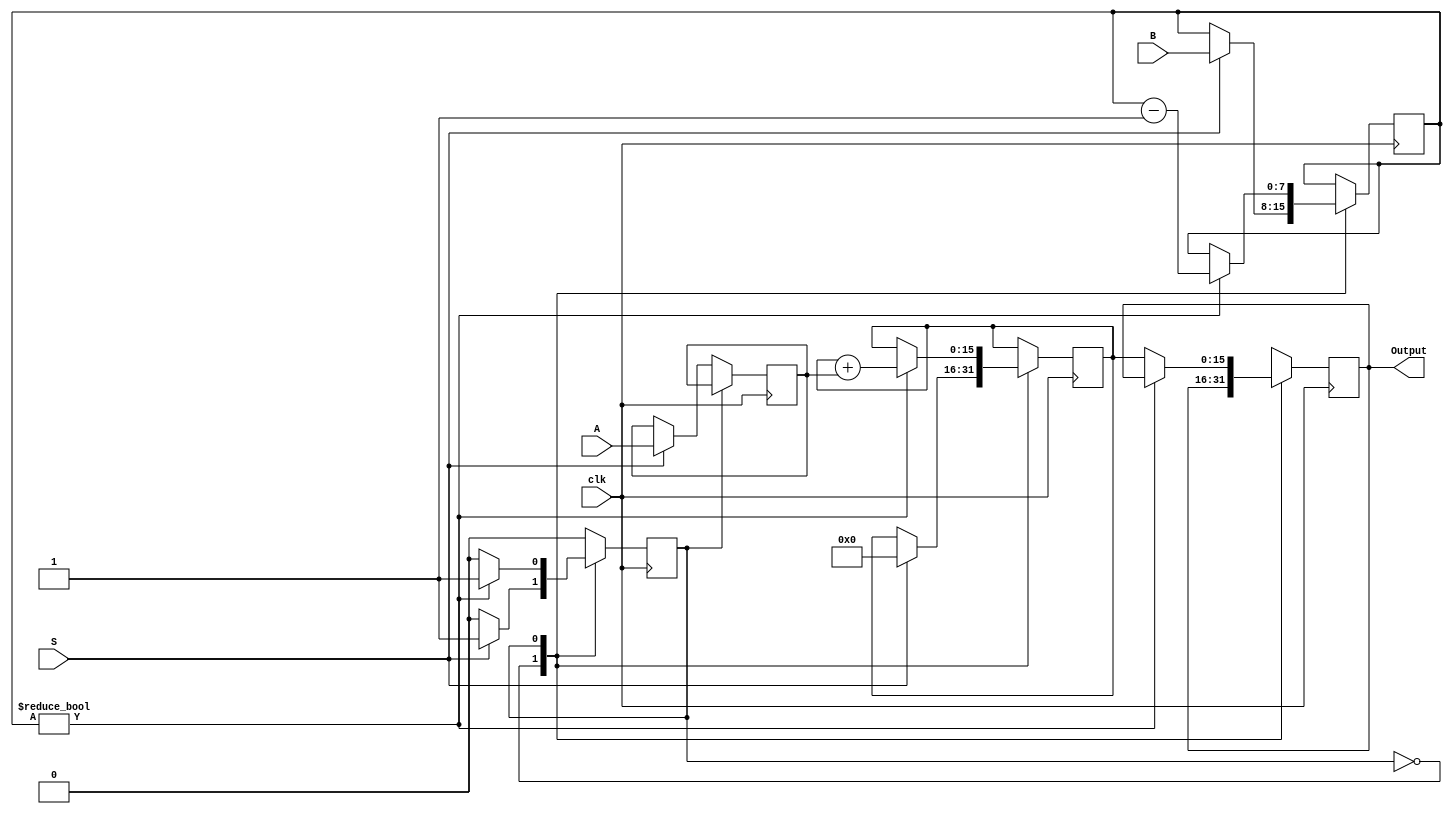
// 8-bit Multiplier with Repeated Addition From ASM chart
// Homework 2 -> Question 5

module eightBitMultiplier (A, B, S, clk, Output);

    input [7:0] A;
    input [7:0] B;
    input S, clk;

    output [15:0] Output;
    reg [15:0] Output;

    reg [7:0] RA;
    reg [7:0] RB;
    reg [15:0] RP;

    reg state = 1'b0; 

    always @(posedge clk) begin
        case(state)
            1'b0: 
                if(S == 1'b1) begin
                    RA <= A;
                    RB <= B;
                    RP <= 16'b0;
                    state <=1'b1;
                end
            
            1'b1:
                if(RB != 8'b0) begin
                    RP <= RP + RA;
                    RB <= RB - 1;  
                end

                else begin
                    Output = RP;
                    state <= 0;
                end
                
        endcase
    end

endmodule
// Coded By Parsa Yousefi Nejad